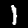
Digit: 1